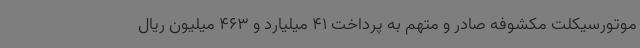
موتورسیکلت مکشوفه صادر و متهم به پرداخت 41 میلیارد و 463 میلیون ریال